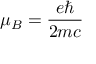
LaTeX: \mu _ { B } = { \frac { e \hbar } { 2 m c } }